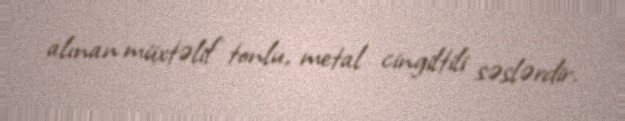
alınan müxtəlif tonlu, metal cingiltili səslərdir.